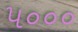
૫૦૦૦